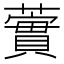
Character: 𧁐